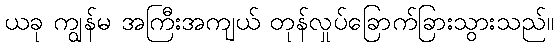
ယခု ကျွန်မ အကြီးအကျယ် တုန်လှုပ်ခြောက်ခြားသွားသည်။